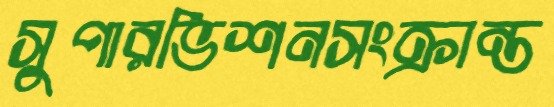
সুপারভিশনসংক্রান্ত